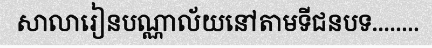
សាលារៀនបណ្ណាល័យនៅតាមទីជនបទ........